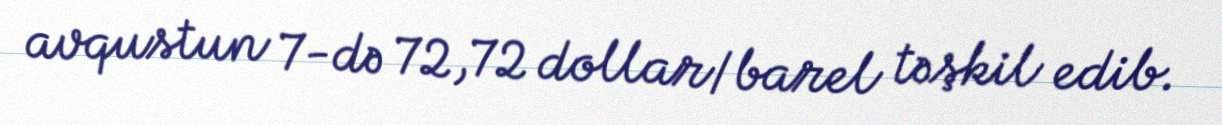
avqustun 7-də 72,72 dollar/barel təşkil edib.